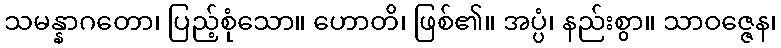
သမန္နာဂတော၊ ပြည့်စုံသော။ ဟောတိ၊ ဖြစ်၏။ အပ္ပံ၊ နည်းစွာ။ သာဝဇ္ဇေန၊